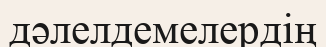
дәлелдемелердің